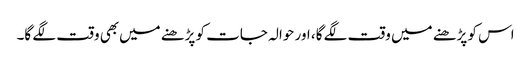
اس کو پڑھنے میں وقت لگے گا، اور حوالہ جات کو پڑھنے میں‌بھی وقت لگے گا۔